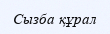
Сызба құрал